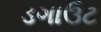
ડગાઉટ